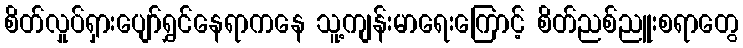
စိတ်လှုပ်ရှားပျော်ရွှင်နေရာကနေ သူ့ကျန်းမာရေးကြောင့် စိတ်ညစ်ညူးစရာတွေ